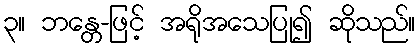
၃။ ဘန္တေ-ဖြင့် အရိုအသေပြု၍ ဆိုသည်။